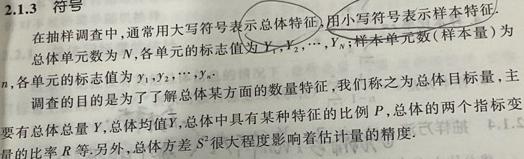
2.1.3 符号

在抽样调查中，通常用大写符号表示总体特征，用小写符号表示样本特征.

总体单元数为 $N$, 各单元的标志值为 $Y_1,Y_2,\cdots,Y_N$; 样本单元数 (样本量) 为 $n$, 各单元的标志值为 $y_1,y_2,\cdots,y_n$.

调查的目的是为了了解总体某方面的数量特征, 我们称之为总体目标量, 主要有总体总量 $Y$, 总体均值 $\overline{Y}$, 总体中具有某种特征的比例 $P$, 总体的两个指标变量的总体总量 $R$ 等. 另外, 总体方差 $S^{2}$ 很大程度影响着估计量的精度.